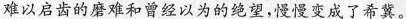
难以启齿的磨难和曾经以为的绝望，慢慢变成了希冀。